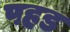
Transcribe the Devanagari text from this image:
पहड